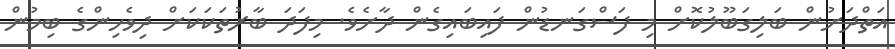
އަތްދަށުން ބަލިގަބޫލުކޮށް މި ފަސްގަނޑުން ފައިބައިގެން ދާށެވެ. މިފަދަ ބާރުތަކަކަށް ދިވެހިންގެ ބިމުން